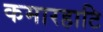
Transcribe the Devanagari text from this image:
कमारहाटि